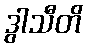
ဒွါသီတိ